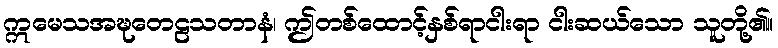
ဣမေသအဍ္ဎတေဠသတာနံ၊ ဤတစ်ထောင့်နှစ်ရာငါးရာ ငါးဆယ်သော သူတို့၏။